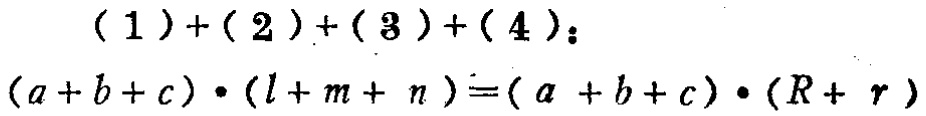
\[(1)+(2)+(3)+(4):\]
\[(a + b + c)\cdot(l + m + n)=(a + b + c)\cdot(R + r)\]